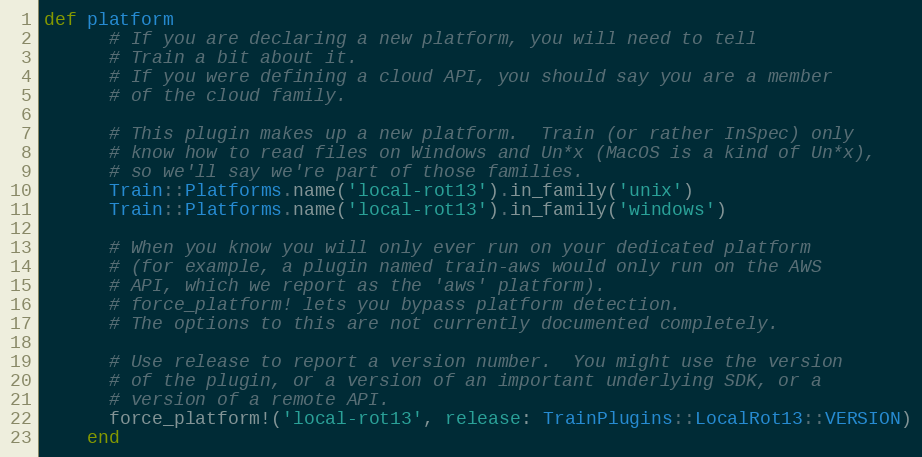
Language: Ruby
def platform
      # If you are declaring a new platform, you will need to tell
      # Train a bit about it.
      # If you were defining a cloud API, you should say you are a member
      # of the cloud family.

      # This plugin makes up a new platform.  Train (or rather InSpec) only
      # know how to read files on Windows and Un*x (MacOS is a kind of Un*x),
      # so we'll say we're part of those families.
      Train::Platforms.name('local-rot13').in_family('unix')
      Train::Platforms.name('local-rot13').in_family('windows')

      # When you know you will only ever run on your dedicated platform
      # (for example, a plugin named train-aws would only run on the AWS
      # API, which we report as the 'aws' platform).
      # force_platform! lets you bypass platform detection.
      # The options to this are not currently documented completely.

      # Use release to report a version number.  You might use the version
      # of the plugin, or a version of an important underlying SDK, or a
      # version of a remote API.
      force_platform!('local-rot13', release: TrainPlugins::LocalRot13::VERSION)
    end